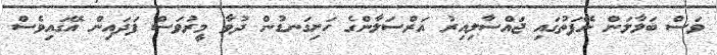
ވަސް ބަލާލަން ނޭފަތުގައި ޖައްސާލިއިރު އަރްސަލާންގެ ހަށިގަނޑުން ދުވާ މީރުވަސް ފަދައިން އޭގައިވެސް